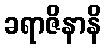
ခရာဇိနာနိ